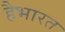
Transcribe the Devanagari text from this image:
हैभारत